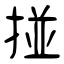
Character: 掽